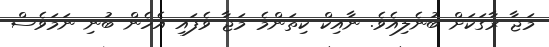
މަޖާ ރާގަކަށް ބުނެލިއެވެ. ނާއިކް ކިތަންމެ މަޖާ ވެފައި އެހެން ބުނި ނަމަވެސް